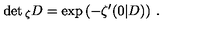
\det { } _ { \zeta } D = \exp \left( - \zeta ^ { \prime } ( 0 | D ) \right) \: .